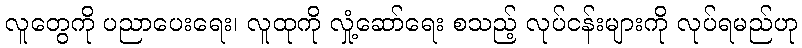
လူတွေကို ပညာပေးရေး၊ လူထုကို လှုံ့ဆော်ရေး စသည့် လုပ်ငန်းများကို လုပ်ရမည်ဟု